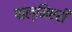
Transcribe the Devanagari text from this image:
पाल्मिएरी